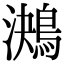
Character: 𪁠